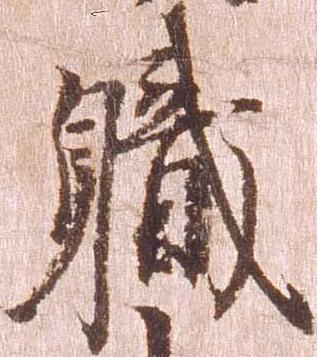
職